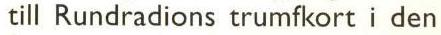
till Rundradions trumfkort i den